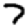
Digit: 7